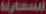
اسعارنا